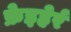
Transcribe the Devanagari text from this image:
फ्रेइहेर्र